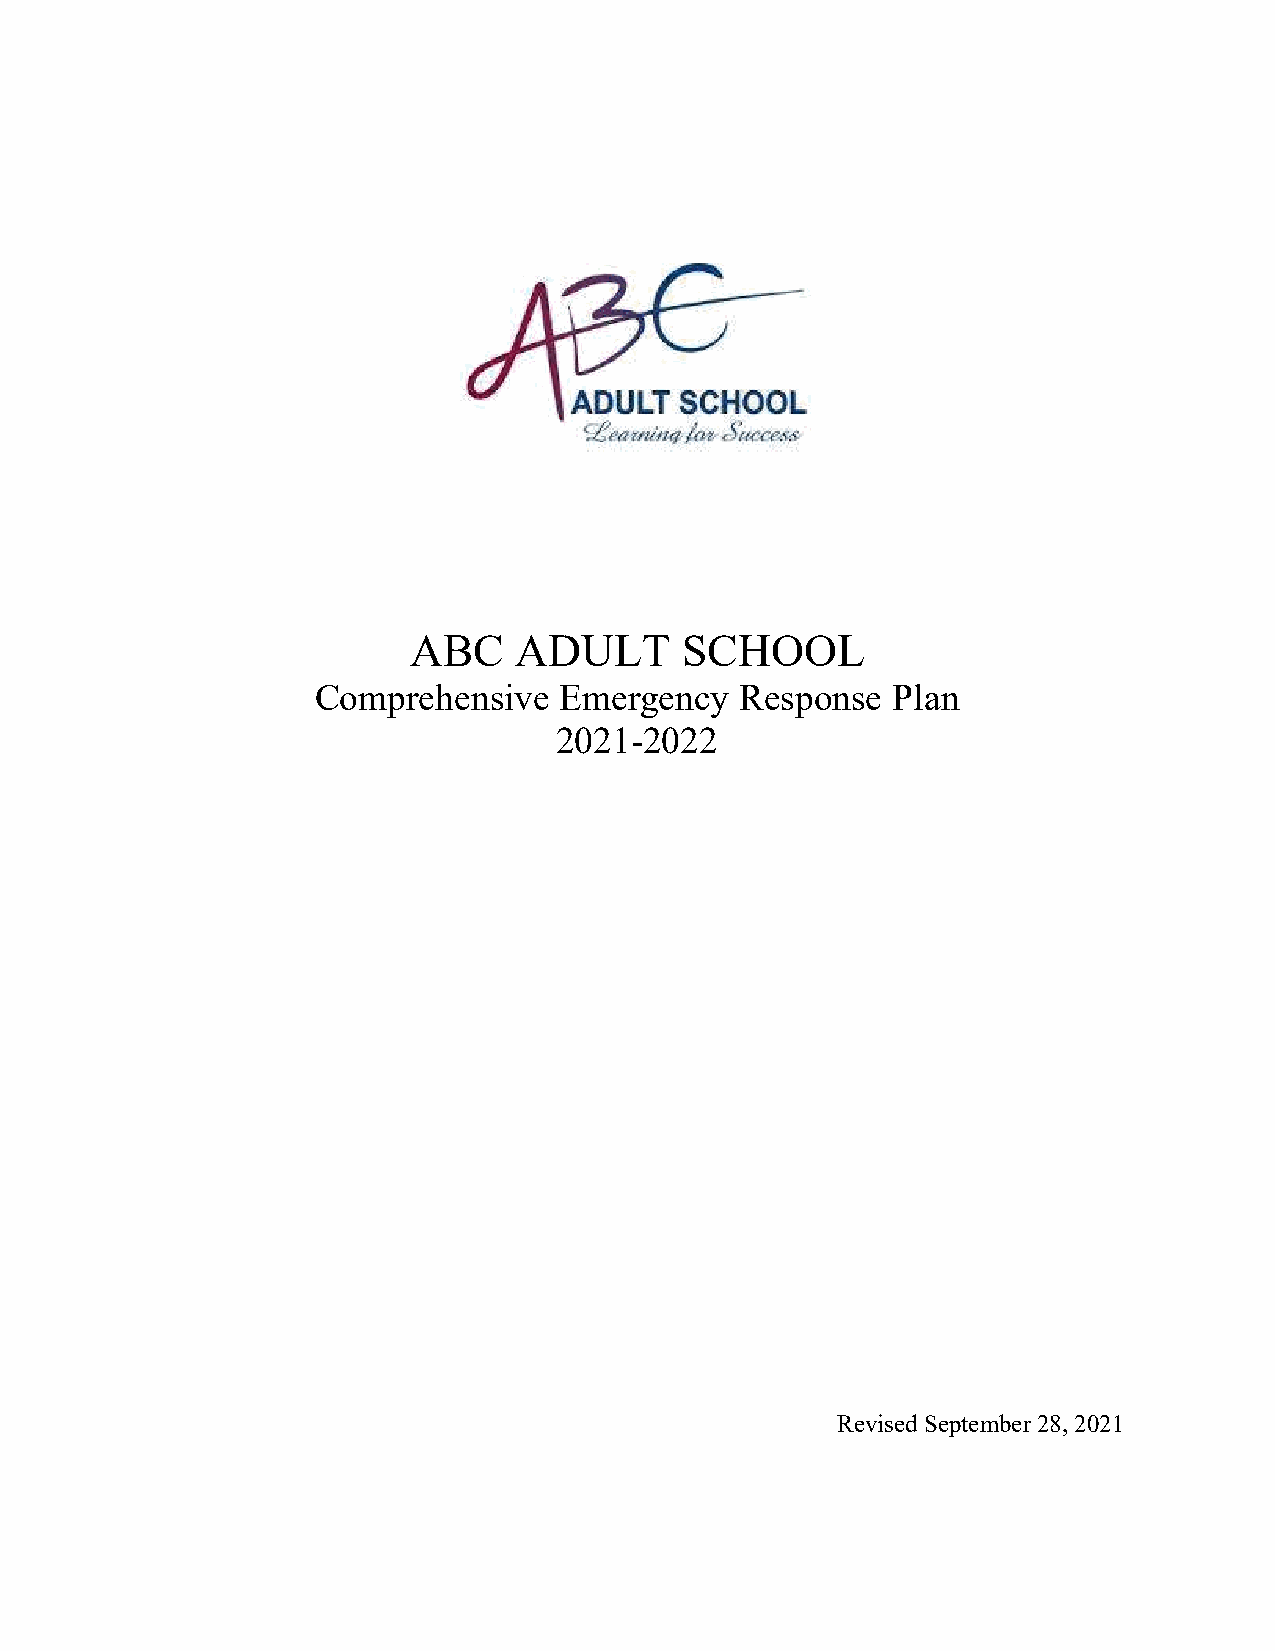
ABC    ADULT      SCHOOL
 Comprehensive   Emergency   Response  Plan
 2021-2022
 Revised September 28, 2021